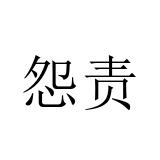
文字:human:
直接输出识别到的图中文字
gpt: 怨责